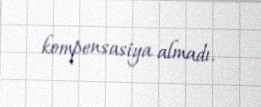
kompensasiya almadı.